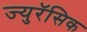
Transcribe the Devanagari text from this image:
ज्युरॅसिक